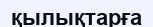
қылықтарға